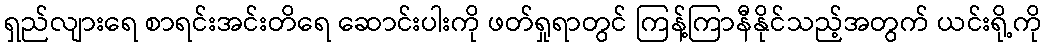
ရှည်လျားရေ စာရင်းအင်းတိရေ ဆောင်းပါးကို ဖတ်ရှုရာတွင် ကြန့်ကြာနီနိုင်သည့်အတွက် ယင်းရို့ကို